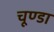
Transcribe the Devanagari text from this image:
चूण्डा